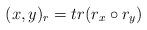
LaTeX: \begin{align*}(x,y)_{r}=tr(r_{x}\circ r_{y})\end{align*}